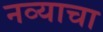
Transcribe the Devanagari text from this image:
नव्याचा